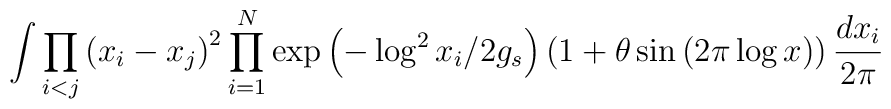
\int \prod_{i<j}\left( x_{i}-x_{j}\right) ^{2}\prod_{i=1}^{N}\exp \left(-\log ^{2}x_{i}/2g_{s}\right) \left( 1+\theta \sin \left( 2\pi \log x\right)\right) \frac{dx_{i}}{2\pi }